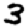
Digit: 3